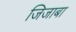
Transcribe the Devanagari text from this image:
जिजाबा